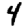
Digit: 4